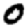
Digit: 0